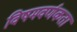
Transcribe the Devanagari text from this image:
विषमवर्णकता